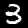
Label: 3